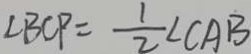
\angle B C P = \frac { 1 } { 2 } \angle C A B